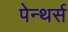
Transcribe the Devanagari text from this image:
पेन्थर्स